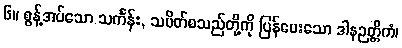
၆။ စွန့်အပ်သော သင်္ကန်း, သပိတ်စသည်တို့ကို ပြန်ပေးသော ဒါနဉတ္တိကံ၊